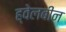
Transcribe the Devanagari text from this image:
ह्वेलबीन